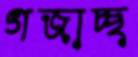
গজাচ্ছ